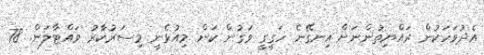
އެދުވަހަކުން ރައްޔިތުންނަށް އިނގޭނެ ހަގީގީ ވަގުން ކަން މިއުޅެނީ މިސަރުކާރު ވައްްޓާލަން. 78